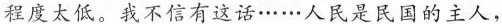
程度太低。我不信有这话……人民是民国的主人，